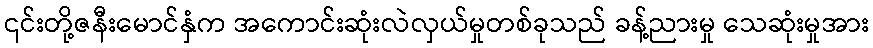
၎င်းတို့ဇနီးမောင်နှံက အကောင်းဆုံးလဲလှယ်မှုတစ်ခုသည် ခန့်ညားမှု သေဆုံးမှုအား